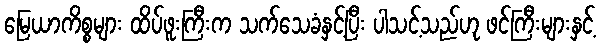
မြေယာကိစ္စများ ထိပ်ဖူးကြီးက သက်သေခံနှင့်ပြီး ပါသင့်သည်ဟု ဖင်ကြီးများနှင့်